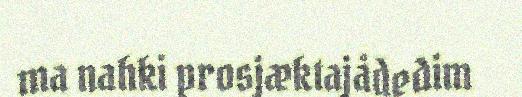
ma nahki prosjæktajådedim